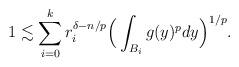
LaTeX: \begin{align*}1\lesssim\sum_{i=0}^k r_i^{\delta-n/p}\Big(\int_{B_i}g(y)^pdy\Big)^{1/p}.\end{align*}